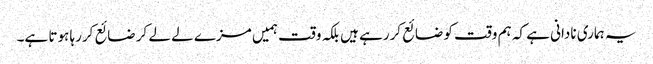
یہ ہماری نادانی ہے کہ ہم وقت کو ضائع کررہے ہیں بلکہ وقت ہمیں مزے لے لے کر ضائع کررہا ہوتا ہے۔